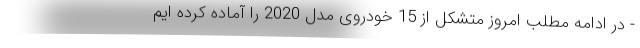
- در ادامه مطلب امروز متشکل از 15 خودروی مدل 2020 را آماده کرده ایم